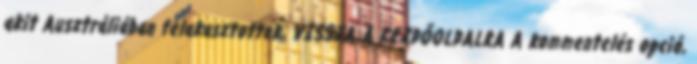
akit Ausztráliában felakasztottak. VISSZA A KEZDŐOLDALRA A kommentelés opció,